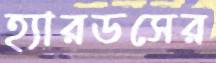
হ্যারডসের